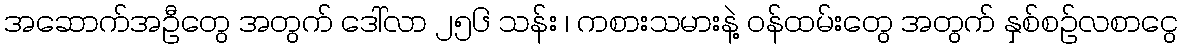
အဆောက်အဦတွေ အတွက် ဒေါ်လာ ၂၅၆ သန်း ၊ ကစားသမားနဲ့ ဝန်ထမ်းတွေ အတွက် နှစ်စဉ်လစာငွေ